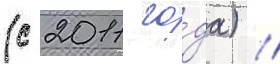
(с 2011 го́да) //